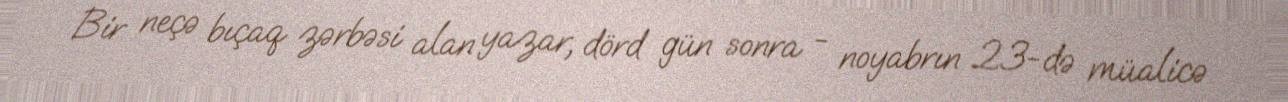
Bir neçə bıçaq zərbəsi alan yazar, dörd gün sonra - noyabrın 23-də müalicə